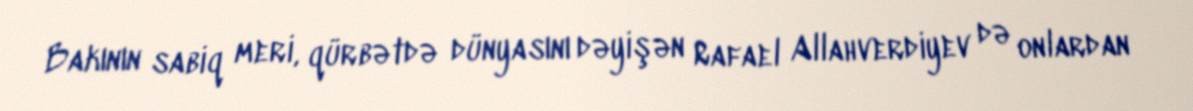
Bakının sabiq meri, qürbətdə dünyasını dəyişən Rafael Allahverdiyev də onlardan